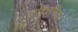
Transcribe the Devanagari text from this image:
बहिर्जनिक